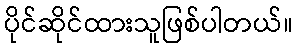
ပိုင်ဆိုင်ထားသူဖြစ်ပါတယ်။